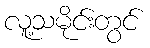
လူ့သမိုင်းတွင်